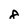
Character: 8